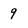
Character: 9